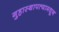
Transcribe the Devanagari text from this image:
गुहास्थापत्यामधून